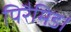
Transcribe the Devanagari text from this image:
पिरैमिड।